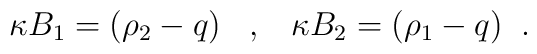
\kappa B_{1}=(\rho_{2}-q)  \;\;\;,\;\;\;  \kappa B_{2}=(\rho_{1}-q)  \;\;.